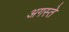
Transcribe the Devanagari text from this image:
अगस्ते